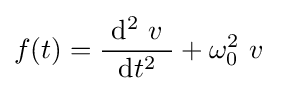
f(t)={\frac {\ \mathrm {d} ^{2}\ v\ }{\mathrm {d} t^{2}}}+\omega _{0}^{2}\ v\;